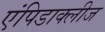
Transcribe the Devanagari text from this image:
एंपिडाक्लीज